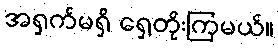
အရှက်မရှိ ရှေ့တိုးကြမယ်။